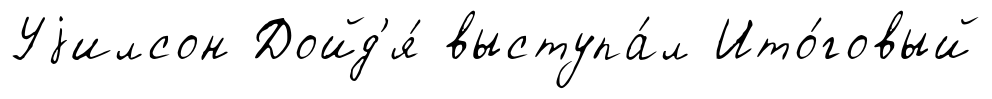
Уjилсон Дойд'я́ выступа́л Ито́говый